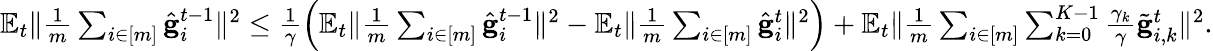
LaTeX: \begin{array}{r}{\mathbb{E}_{t}\Vert\frac{1}{m}\sum_{i\in[m]}\hat{\mathbf{g}}_{i}^{t-1}\Vert^{2}\leq\frac{1}{\gamma}\left(\mathbb{E}_{t}\Vert\frac{1}{m}\sum_{i\in[m]}\hat{\mathbf{g}}_{i}^{t-1}\Vert^{2}-\mathbb{E}_{t}\Vert\frac{1}{m}\sum_{i\in[m]}\hat{\mathbf{g}}_{i}^{t}\Vert^{2}\right)+\mathbb{E}_{t}\Vert\frac{1}{m}\sum_{i\in[m]}\sum_{k=0}^{K-1}\frac{\gamma_{k}}{\gamma}\tilde{\mathbf{g}}_{i,k}^{t}\Vert^{2}.}\end{array}